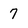
Character: 7